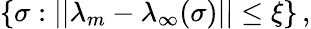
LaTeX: \{ \sigma:\lvert\lvert\lambda_{m}-\lambda_{\infty}(\sigma)\rvert\rvert\leq\xi\} \, ,